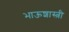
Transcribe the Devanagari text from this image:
भाऊशास्त्री